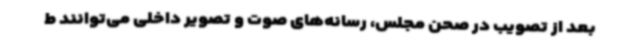
بعد از تصویب در صحن مجلس، رسانه‌های صوت و تصویر داخلی می‌توانند ط